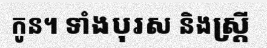
កូន។ ទាំងបុរស និងស្ត្រី